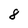
Character: 8